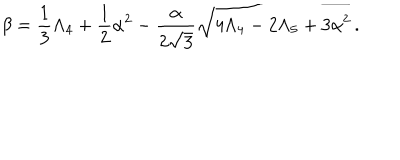
\beta = \frac { 1 } { 3 } \Lambda _ { 4 } + \frac { 1 } { 2 } \alpha ^ { 2 } - \frac { \alpha } { 2 \sqrt { 3 } } \sqrt { 4 \Lambda _ { 4 } - 2 \Lambda _ { 5 } + 3 \alpha ^ { 2 } } \, .